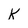
Character: K